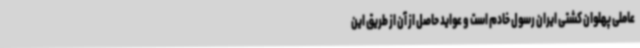
عاملی پهلوان کشتی ایران رسول خادم است و عواید حاصل از آن از طریق این